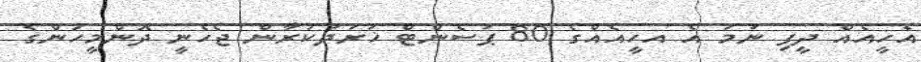
އެހީއެއް ދީފި ނަމަ އެ އހީއެއްގެ 80 ޕަސެންޓް ޚަރަދުކުރާން ޖެހެނީ ދޮންމީހުންގެ